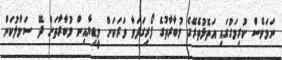
ނަމަވެސް ކުރިމަގުގައި އަތޮޅުތެރޭގެ މުބާރާތުގެ ފޯރިގަދަވާ ވަރަކަށް މީޑިޔާއިން މުބާރާތަށް ދޭ ސަމާލުކަން